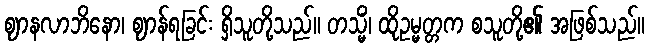
ဈာနလာဘိနော၊ ဈာန်ရခြင်း ရှိသူတို့သည်။ တသ္မိံ၊ ထိုဥမ္မတ္တက စသူတို့၏ အဖြစ်သည်။